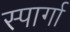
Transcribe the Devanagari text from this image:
स्पार्गा